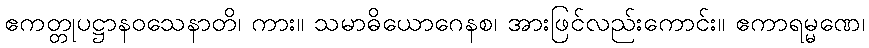
ဧကတ္တုပဋ္ဌာနဝသေနာတိ၊ ကား။ သမာဓိယောဂေနစ၊ အားဖြင်လည်းကောင်း။ ဧကာရမ္မဏေ၊